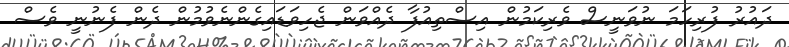
ދައުރު ފުރިހަމަ ނުވަނީސް ވެރިކަމުން އިސްތިއުފާ ދެއްވަން ޖެހިވަޑައިގެންނެވުމުން ދެން ފެނުނީ ވެސް